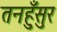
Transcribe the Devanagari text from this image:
तनहुँसुर